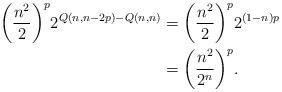
LaTeX: \begin{align*}\bigg( \frac{n^2}{2} \bigg)^p 2^{Q(n,n-2p)- Q(n,n)} &= \bigg( \frac{n^2}{2} \bigg)^p 2^{(1-n)p} \\&= \bigg(\frac{n^2}{2^n}\bigg)^p.\end{align*}